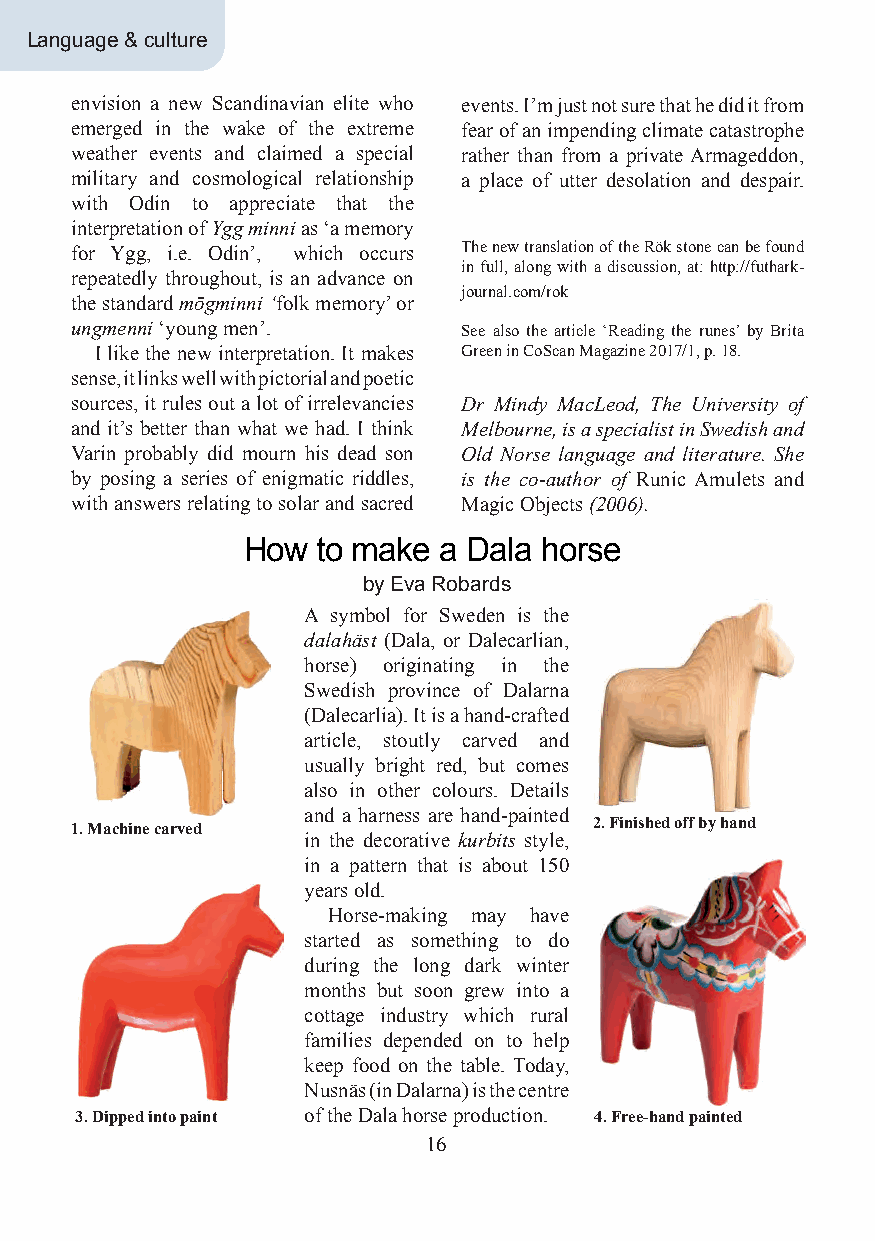
Language & culture
 envision a new Scandinavian elite who events. I’m just not sure that he did it from
 emerged in the wake of the extreme fear of an impending climate catastrophe
 weather events and claimed a special rather than from a private Armageddon,
 military and cosmological relationship a place of utter desolation and despair.
 with Odin to appreciate that the
 interpretation of Ygg minni as ‘a memory
 for Ygg, i.e. Odin’, which occurs The new translation of the Rök stone can be found
 in full, along with a discussion, at: http://futhark-
 repeatedly throughout, is an advance on
 journal.com/rok
 the standard mōgminni ‘folk memory’ or
 ungmenni ‘young men’.    See also the article ‘Reading the runes’ by Brita
 I like the new interpretation. It makes Green in CoScan Magazine 2017/1, p. 18.
 sense, it links well with pictorial and poetic
 sources, it rules out a lot of irrelevancies Dr Mindy MacLeod, The University of
 and it’s better than what we had. I think Melbourne, is a specialist in Swedish and
 Varin probably did mourn his dead son Old Norse language and literature. She
 by posing a series of enigmatic riddles, is the co-author of Runic Amulets and
 with answers relating to solar and sacred Magic Objects (2006).
 How  to make a Dala horse
 by Eva Robards
 A symbol for Sweden is the
 dalahäst (Dala, or Dalecarlian,
 horse) originating in the
 Swedish province of Dalarna
 (Dalecarlia). It is a hand-crafted
 article, stoutly carved and
 usually bright red, but comes
 also in other colours. Details
 and a harness are hand-painted
 1. Machine carved                 2. Finished off by hand
 in the decorative kurbits style,
 in a pattern that is about 150
 years old.
 Horse-making may have
 started as something to do
 during the long dark winter
 months but soon grew into a
 cottage industry which rural
 families depended on to help
 keep food on the table. Today,
 Nusnäs (in Dalarna) is the centre
 3. Dipped into paint of the Dala horse production. 4. Free-hand painted
 16